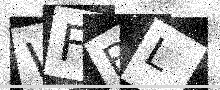
Text: WFBL